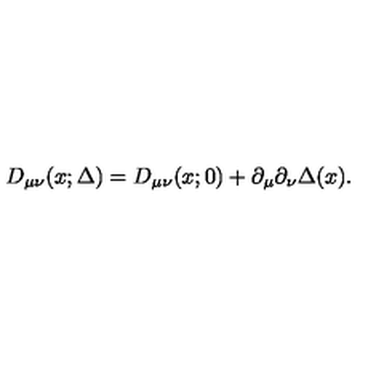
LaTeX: D _ { \mu \nu } ( x ; \Delta ) = D _ { \mu \nu } ( x ; 0 ) + \partial _ { \mu } \partial _ { \nu } \Delta ( x ) .